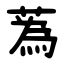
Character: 蒍